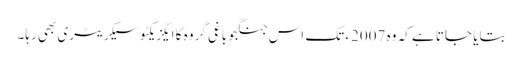
بتایا جاتا ہے کہ وہ 2007ء تک اس جنگجو باغی گروہ کا ایگزیکٹو سیکریٹری بھی رہا۔